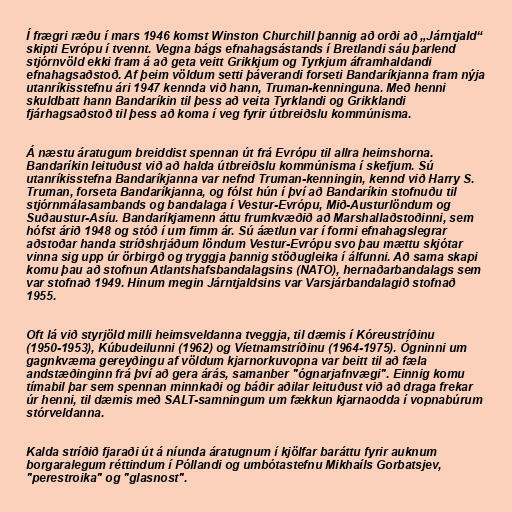
Í frægri ræðu í mars 1946 komst Winston Churchill þannig að orði að „Járntjald“
skipti Evrópu í tvennt. Vegna bágs efnahagsástands í Bretlandi sáu þarlend
stjórnvöld ekki fram á að geta veitt Grikkjum og Tyrkjum áframhaldandi
efnahagsaðstoð. Af þeim völdum setti þáverandi forseti Bandaríkjanna fram nýja
utanríkisstefnu ári 1947 kennda við hann, Truman-kenninguna. Með henni
skuldbatt hann Bandaríkin til þess að veita Tyrklandi og Grikklandi
fjárhagsaðstoð til þess að koma í veg fyrir útbreiðslu kommúnisma.

Á næstu áratugum breiddist spennan út frá Evrópu til allra heimshorna.
Bandaríkin leituðust við að halda útbreiðslu kommúnisma í skefjum. Sú
utanríkisstefna Bandaríkjanna var nefnd Truman-kenningin, kennd við Harry S.
Truman, forseta Bandaríkjanna, og fólst hún í því að Bandaríkin stofnuðu til
stjórnmálasambands og bandalaga í Vestur-Evrópu, Mið-Austurlöndum og
Suðaustur-Asíu. Bandaríkjamenn áttu frumkvæðið að Marshallaðstoðinni, sem
hófst árið 1948 og stóð í um fimm ár. Sú áætlun var í formi efnahagslegrar
aðstoðar handa stríðshrjáðum löndum Vestur-Evrópu svo þau mættu skjótar
vinna sig upp úr örbirgð og tryggja þannig stöðugleika í álfunni. Að sama skapi
komu þau að stofnun Atlantshafsbandalagsins (NATO), hernaðarbandalags sem
var stofnað 1949. Hinum megin Járntjaldsins var Varsjárbandalagið stofnað
1955.

Oft lá við styrjöld milli heimsveldanna tveggja, til dæmis í Kóreustríðinu
(1950-1953), Kúbudeilunni (1962) og Víetnamstríðinu (1964-1975). Ógninni um
gagnkvæma gereyðingu af völdum kjarnorkuvopna var beitt til að fæla
andstæðinginn frá því að gera árás, samanber "ógnarjafnvægi". Einnig komu
tímabil þar sem spennan minnkaði og báðir aðilar leituðust við að draga frekar
úr henni, til dæmis með SALT-samningum um fækkun kjarnaodda í vopnabúrum
stórveldanna.

Kalda stríðið fjaraði út á níunda áratugnum í kjölfar baráttu fyrir auknum
borgaralegum réttindum í Póllandi og umbótastefnu Mikhaíls Gorbatsjev,
"perestroika" og "glasnost".